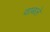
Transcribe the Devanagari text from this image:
वाबले